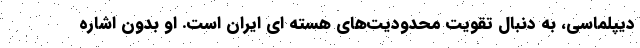
دیپلماسی، به دنبال تقویت محدودیت‌های هسته ای ایران است. او بدون اشاره